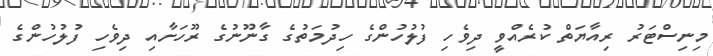
މިނިސްޓަރު ރިއާޔަތް ކުރެއްވީ ދިވެހި ފުލުހުންގެ ހިދުމަތުގެ ގާނޫނުގެ ރޫހަށާއި ދިވެހި ފުލުހުންގެ